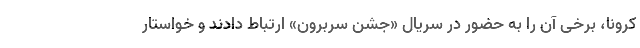
کرونا، برخی آن را به حضور در سریال «جشن سربرون» ارتباط دادند و خواستار